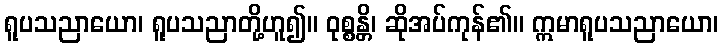
ရူပသညာယော၊ ရူပသညာတို့ဟူ၍။ ဝုစ္စန္တိ၊ ဆိုအပ်ကုန်၏။ ဣမာရူပသညာယော၊